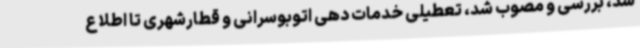
شد، بررسی و مصوب شد، تعطیلی خدمات دهی اتوبوسرانی و قطارشهری تا اطلاع